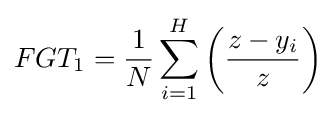
FGT_{1}={\frac {1}{N}}\sum _{i=1}^{H}\left({\frac {z-y_{i}}{z}}\right)